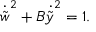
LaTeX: { \dot { \tilde { w } } } ^ { 2 } + B { \dot { \tilde { y } } } ^ { 2 } = 1 .